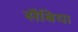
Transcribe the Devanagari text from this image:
सैबिया